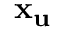
\mathbf { x _ { u } }